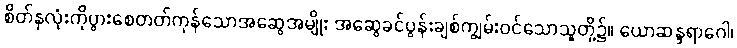
စိတ်နှလုံးကိုပွားစေတတ်ကုန်သောအဆွေအမျိုး အဆွေခင်ပွန်းချစ်ကျွမ်းဝင်သောသူတို့၌။ ယောဆန္ဒရာဂေါ၊